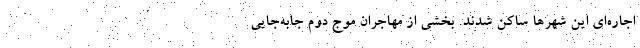
اجاره‌‌ای این شهرها ساکن شدند. بخشی از مهاجران موج دوم جابه‌‌جایی